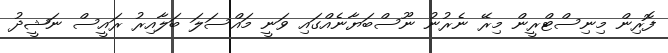
ފޮރިން މިނިސްޓްރީން މިރޭ ނެރުނު ނޫސްބަޔާނެއްގައި ވަނީ މައްސަލަ ބަލާއިރު ރައީސް ނަޝީދު